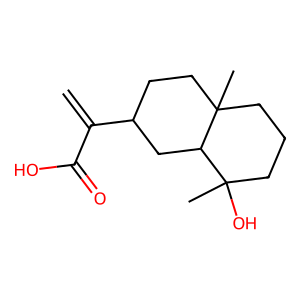
SMILES: C=C(C(=O)O)C1CCC2(C)CCCC(C)(O)C2C1
Inhibits HIV replication: No